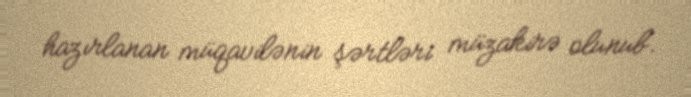
hazırlanan müqavilənin şərtləri müzakirə olunub.